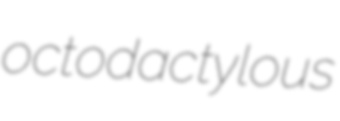
octodactylous